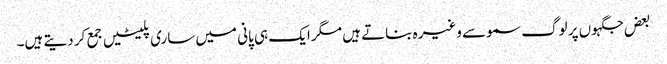
بعض جگہوں پر لوگ سموسے وغیرہ بناتے ہیں مگر ایک ہی پانی میں ساری پلیٹیں جمع کر دیتے ہیں۔